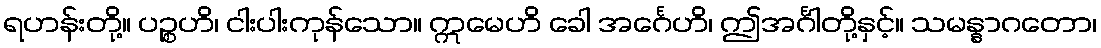
ရဟန်းတို့။ ပဉ္စဟိ၊ ငါးပါးကုန်သော။ ဣမေဟိ ခေါ အင်္ဂေဟိ၊ ဤအင်္ဂါတို့နှင့်။ သမန္နာဂတော၊